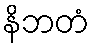
နိဘတံ